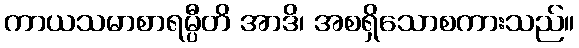
ကာယသမာစာရမ္ပီတိ အာဒိ၊ အစရှိသောစကားသည်။